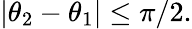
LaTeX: |\theta_{2}-\theta_{1}|\leq\pi/2.